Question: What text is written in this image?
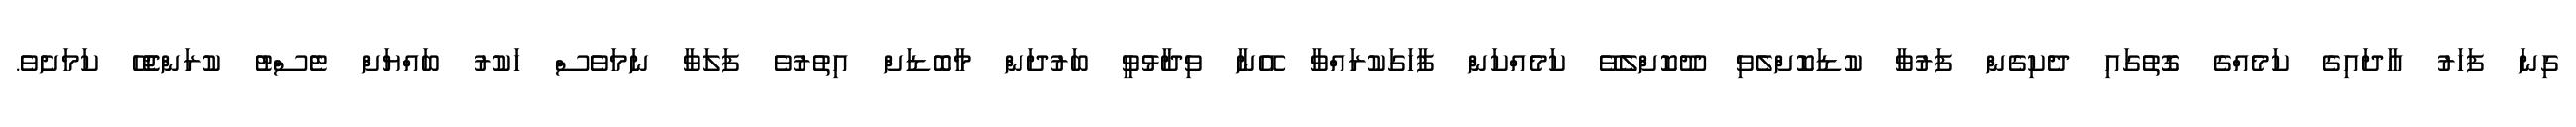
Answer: ގިނަ ފަހަރު އާދައިގެ ކަމެއްގެ ގޮތުގައި ދެކިގެން ފަރުވާ ކުޑަކޮށްލެވި ދޫކޮށްލެވޭ ކަމެއްކަން ފާހަގަކުރައްވާ އޭނާ ވިދާޅުވީ ބަރުދަން މާބޮޑަށް އިތުރުވެ ފަލަވާ ނަމަވެސް ހަކުރު ބައްޔަށް ޓެސްޓު ކުރަންޖެހޭ ކަމަށެވެ.